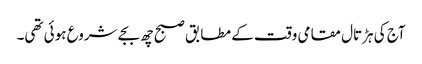
آج کی ہڑتال مقامی وقت کے مطابق صبح چھ بجے شروع ہوئی تھی۔